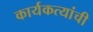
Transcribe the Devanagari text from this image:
कार्यकत्यांची